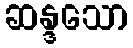
ဆန္ဒသော